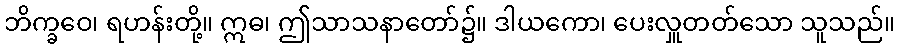
ဘိက္ခဝေ၊ ရဟန်းတို့။ ဣဓ၊ ဤသာသနာတော်၌။ ဒါယကော၊ ပေးလှူတတ်သော သူသည်။